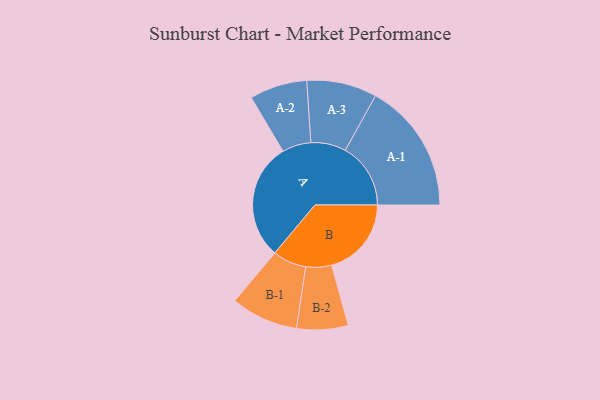
{"axis": {"x": "Segment", "y": "Value"}, "legend": ["", "A", "B"], "data": [{"x": "A", "y": 487, "type": ""}, {"x": "B", "y": 332, "type": ""}, {"x": "A-1", "y": 272, "type": "A"}, {"x": "A-2", "y": 120, "type": "A"}, {"x": "A-3", "y": 146, "type": "A"}, {"x": "B-1", "y": 140, "type": "B"}, {"x": "B-2", "y": 107, "type": "B"}]}